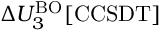
\Delta U _ { 3 } ^ { \mathrm { B O } } [ \mathrm { C C S D T } ]